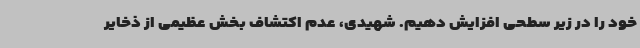
خود را در زیر سطحی افزایش دهیم. شهیدی، عدم اکتشاف بخش عظیمی از ذخایر